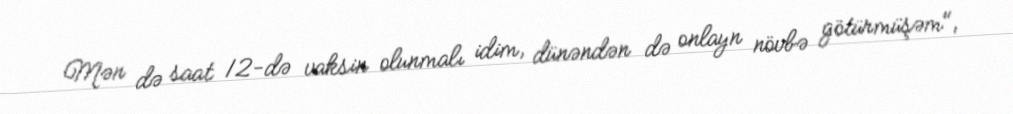
Mən də saat 12-də vaksin olunmalı idim, dünəndən də onlayn növbə götürmüşəm",